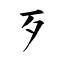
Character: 歹